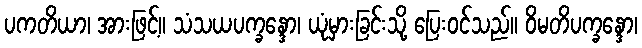
ပကတိယာ၊ အားဖြင့်။ သံသယပက္ခန္ဒော၊ ယုံမှားခြင်းသို့ ပြေးဝင်သည်။ ဝိမတိပက္ခန္ဒော၊